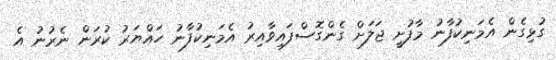
ގުޅިގެން އެމަނިކުފާނު މާފުށީ ޖަލަށް ގެންގޮސްފައިވާއިރު އެމަނިކުފާނު ހައްޔަރު ކުރަން ނެރުނު އެ